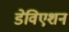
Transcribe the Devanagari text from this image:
डेविएशन